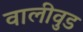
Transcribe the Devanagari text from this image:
वालीवुड